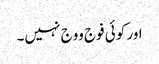
اور کوئی فوج ووج نہیں۔